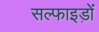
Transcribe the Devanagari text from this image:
सल्फाइड़ों